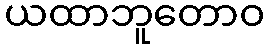
ယထာဘူတောဝ